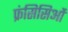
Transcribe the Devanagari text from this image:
फ्रंसिसिओं